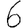
Digit: 6